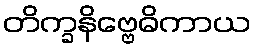
တိက္ခနိဗ္ဗေဓိကာယ